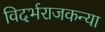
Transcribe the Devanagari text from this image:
विदर्भराजकन्या